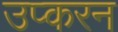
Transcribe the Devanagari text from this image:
उप्करन